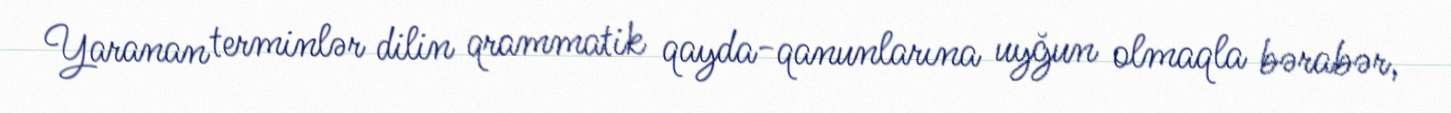
Yaranan terminlər dilin qrammatik qayda-qanunlarına uyğun olmaqla bərabər,